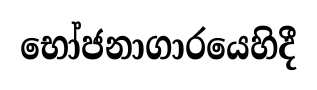
භෝජනාගාරයෙහිදී